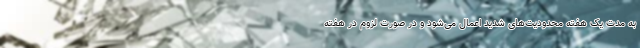
به مدت یک هفته محدودیت‌های شدید اعمال می‌شود و در صورت لزوم در هفته